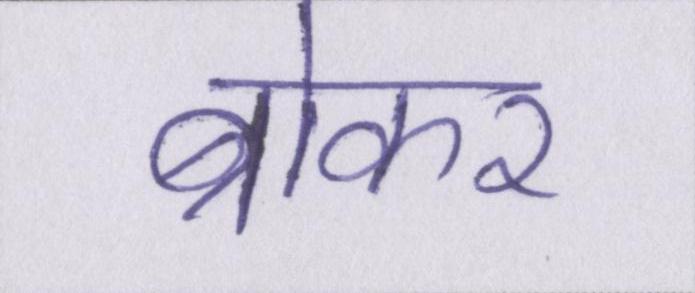
ब्रोकर